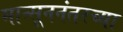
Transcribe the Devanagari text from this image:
मान्सूननंतरच्या